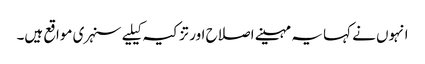
انہوں نے کہا یہ مہینے اصلاح اور تزکیہ کیلیے سنہری مواقع ہیں۔